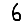
Digit: 6